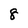
Character: 8